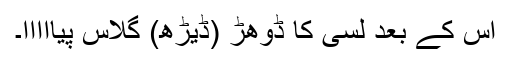
اس کے بعد لسّی کا ڈُوھڑ (ڈیڑھ) گلاس پیااااا۔